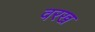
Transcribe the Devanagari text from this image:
वरख